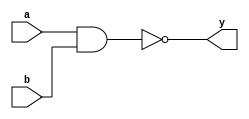
module nandgate(a,b,y);
  
  input a,b;
  output y;
  
  nand g1 (y,a,b);
  
endmodule